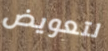
لتعويض